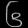
Digit: ၆